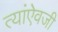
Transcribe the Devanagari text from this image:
त्यांऐवजी